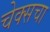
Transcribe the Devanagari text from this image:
चेक्सचा